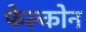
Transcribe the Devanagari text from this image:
फेल्कोन